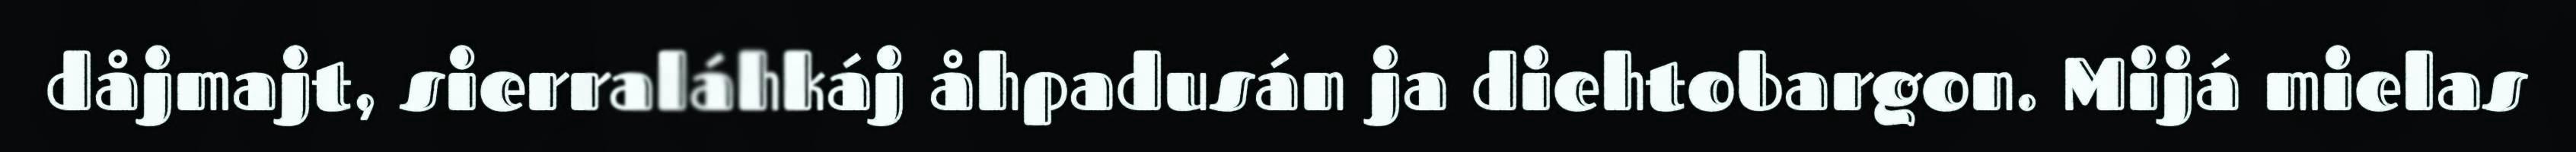
dåjmajt, sierraláhkáj åhpadusán ja diehtobargon. Mijá mielas